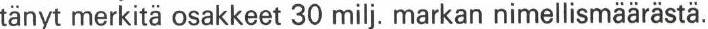
tänyt merkitä osakkeet 30 milj. markan nimellismäärästä.